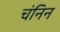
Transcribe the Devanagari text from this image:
चंनिन